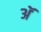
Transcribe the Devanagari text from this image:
अॅ